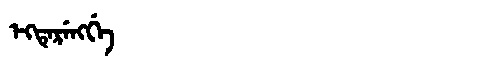
Manchu: ᡝᡴᡨᡝᡵᡝᠩᡤᡝ
Romanization: EKTERENGGE